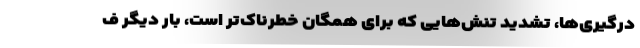
درگیری‌ها، تشدید تنش‌هایی که برای همگان خطرناک‌تر است، بار دیگر ف